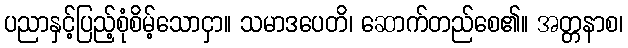
ပညာနှင့်ပြည့်စုံစိမ့်သောငှာ။ သမာဒပေတိ၊ ဆောက်တည်စေ၏။ အတ္တနာစ၊